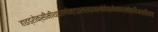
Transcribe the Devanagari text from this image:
हाइड्रोक्सीमीथाइलपेन्टाइलसाइक्लोहेक्सेनकार्बोक्सिअल्डिहाइड